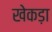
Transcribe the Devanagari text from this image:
खेकड़ा